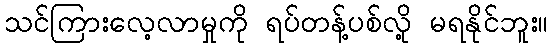
သင်ကြားလေ့လာမှုကို ရပ်တန့်ပစ်လို့ မရနိုင်ဘူး။